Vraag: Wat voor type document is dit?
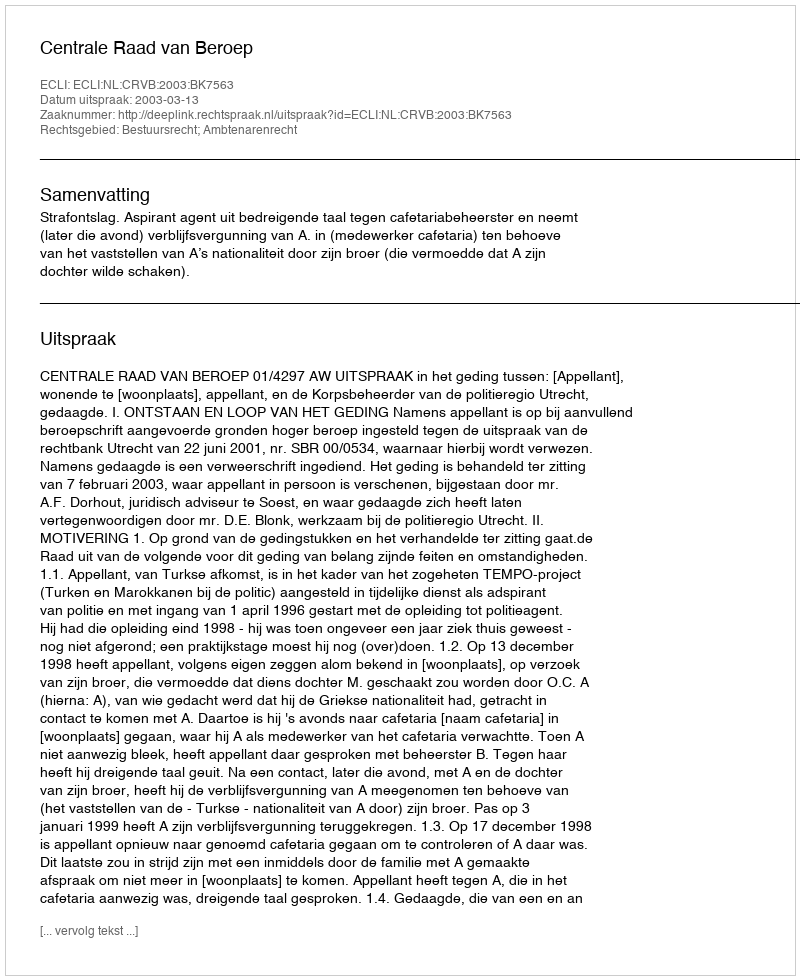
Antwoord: Uitspraak